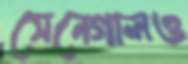
সেনেগালও